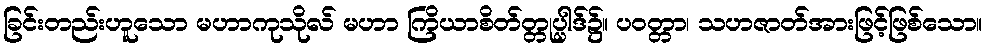
ခြင်းတည်းဟူသော မဟာကုသိုလ် မဟာ ကြိယာစိတ်တ္တုပ္ပါဒ်၌။ ပဝတ္တာ၊ သဟဇာတ်အားဖြင့်ဖြစ်သော။